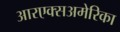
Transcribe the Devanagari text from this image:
आरएक्सअमेरिका